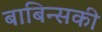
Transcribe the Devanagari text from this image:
बाबिन्सकी